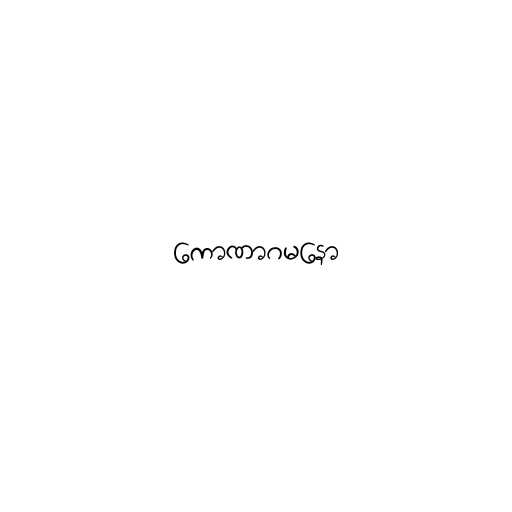
ကောဏာဂမနော